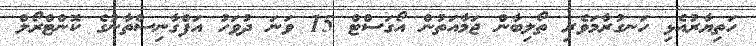
ހަތިޔާރުއެޅި ހަނގުރާމަވެރި ތޯލިބާން ޖަމާއަތުން އޯގަސްޓް 15 ވަނަ ދުވަހު އަފްގާނިސްތާނުގެ ކޮންޓްރޯލް